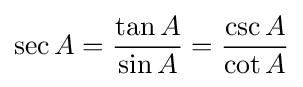
\sec A={\frac {\tan A}{\sin A}}={\frac {\csc A}{\cot A}}